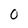
Character: O